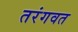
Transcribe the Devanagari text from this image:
तरंगवत